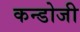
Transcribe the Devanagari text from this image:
कन्डोजी